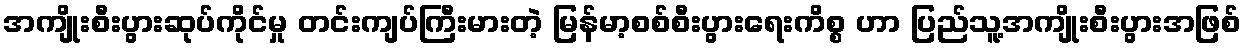
အကျိုးစီးပွားဆုပ်ကိုင်မှု တင်းကျပ်ကြီးမားတဲ့ မြန်မာ့စစ်စီးပွားရေးကိစ္စ ဟာ ပြည်သူ့အကျိုးစီးပွားအဖြစ်